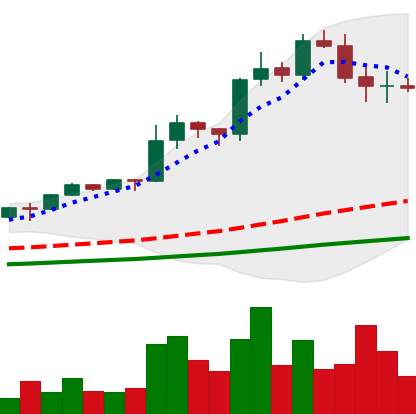
Ticker: LINK-USD
Chart end date: 2020-08-20
Forward return: -11.649%
Label: down_7plus